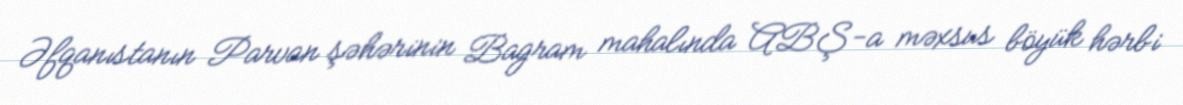
Əfqanıstanın Parvan şəhərinin Bagram mahalında ABŞ-a məxsus böyük hərbi